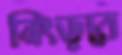
নিংড়বে